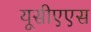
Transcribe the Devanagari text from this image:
यूसीएएस